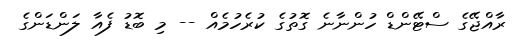
ރާއްޖޭގެ ސްޓޭންޑް ހުންނާނެ ގޮތުގެ ކުރެހުމެއް -- މި ބޮޑު ފެއާ ލަންޑަންގެ